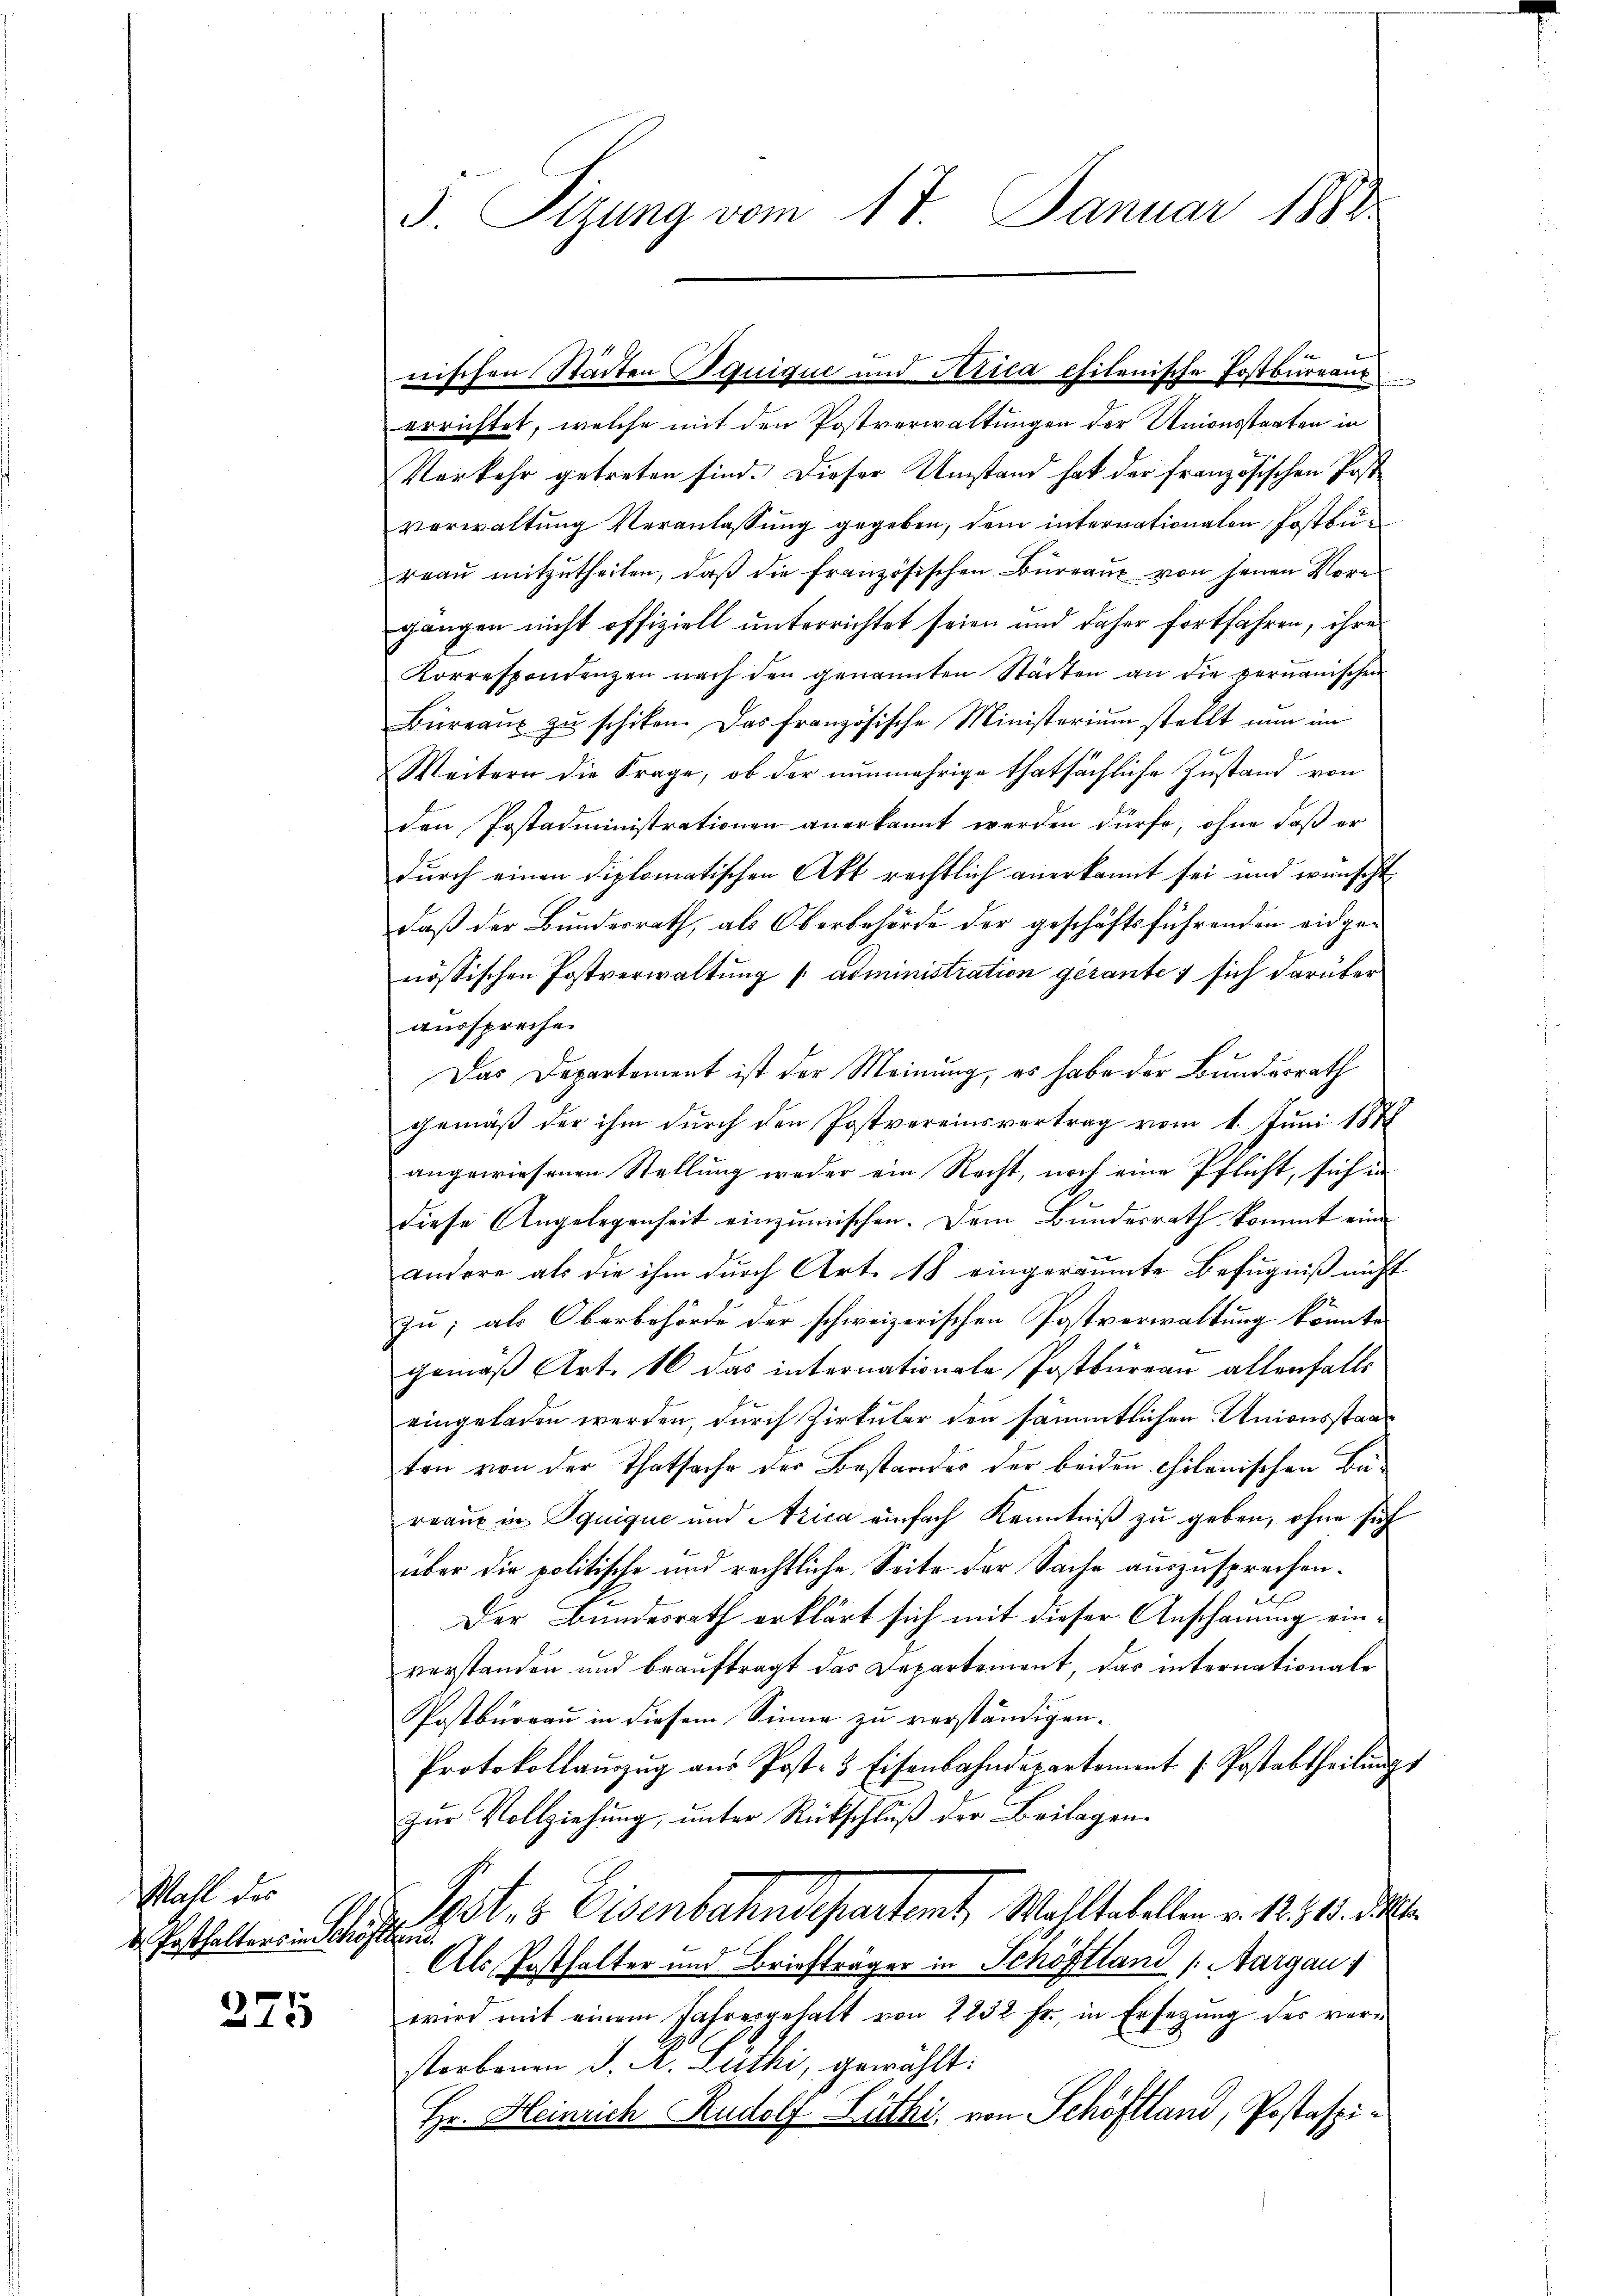
Wahl des
d. Posthalters in Schöfter

275

5. Sizung vom 17. Januar 1882

errichtet, welche mit den Postverwaltungen der Unionsstaaten in
Verkehr getreten sind. Dieser Umstand hat der französischen Postverwaltung Veranlassung gegeben, dem internationalen Postbüreau mitzutheilen, daß die französischen Bureaus von jenen Vore
gangen nicht offiziell unterrichtet seien und daher fortfahren, ihre
Korrespondenzen nach den genannten Städten an die permanischen
Büreaŭ zŭ schiken. Das französische Ministerium stellt nun im
Weitern die Frage, ob der nunmehrige thatsächliche Zustand von
den Postadministrationen anerkannt werden dürfe, ohne daß er
durch einen diplomatischen Akt rechtlich anerkannt sei und wünscht
daß der Bundesrath, als Oberbehörde der geschäftsführenden eidgenössischen Postverwaltung /: administration gerante sich darüber
aussprechen
Das Departement ist der Meinung, es habe der Bundesrath
ehemäß der ihm durch den Postvereinsvertrag vom 1. Juni 1878
angewiesenen Stellung weder ein Recht, noch eine Pflicht, sich in
diese Angelegenheit einzumischen. Dem Bundesrath kommt eine
andere als die ihm durch Art. 18 eingeräumte Befugniß nicht
zu; als Oberbehörde der schweizerischen Postverwaltung könnte.
gemäß Art. 16 das internationale Postbureau allenfalls
eingeladen werden, durch Zirkular den sämmtlichen Unionsstaat
ten von der Thatsache der Bestandes der beiden Chilanischen Bereaux in Squique und Arica einfach Kenntniß zu geben, ohne sich
über die politische und rechtliche Seite der Sache auszusprechen.
Der Bundesrath erklärt sich mit dieser Anschauung einverstanden und beauftragt das Departement, das internationale
Postbureau in diesem Sinne zu verständigen.
Protokollaŭszŭg aŭs Post- & Eisenbahndepartement /: Postabtheilŭngs
zŭr Vollziehung, unter Rückschluß der Beilagen¬
Pot. v. Eisenbahndepartemt, Wohltatellen v. 12. 11. M.
Als Posthalter und Briefträger in Schöftland (Aargau 1
wird mit einem Jahresgehalt von 1232 fr., in Ersezung des verstorbenen J. A. Zuthi, gewählt:
Hr. Heinrich Rudolf Lüthi, von Schöftland, Postaspi¬

nischen Städten Bauique und Atica chitenische Postbureaur